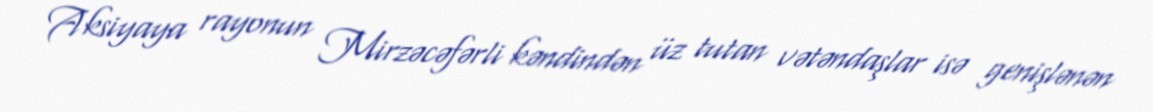
Aksiyaya rayonun Mirzəcəfərli kəndindən üz tutan vətəndaşlar isə genişlənən